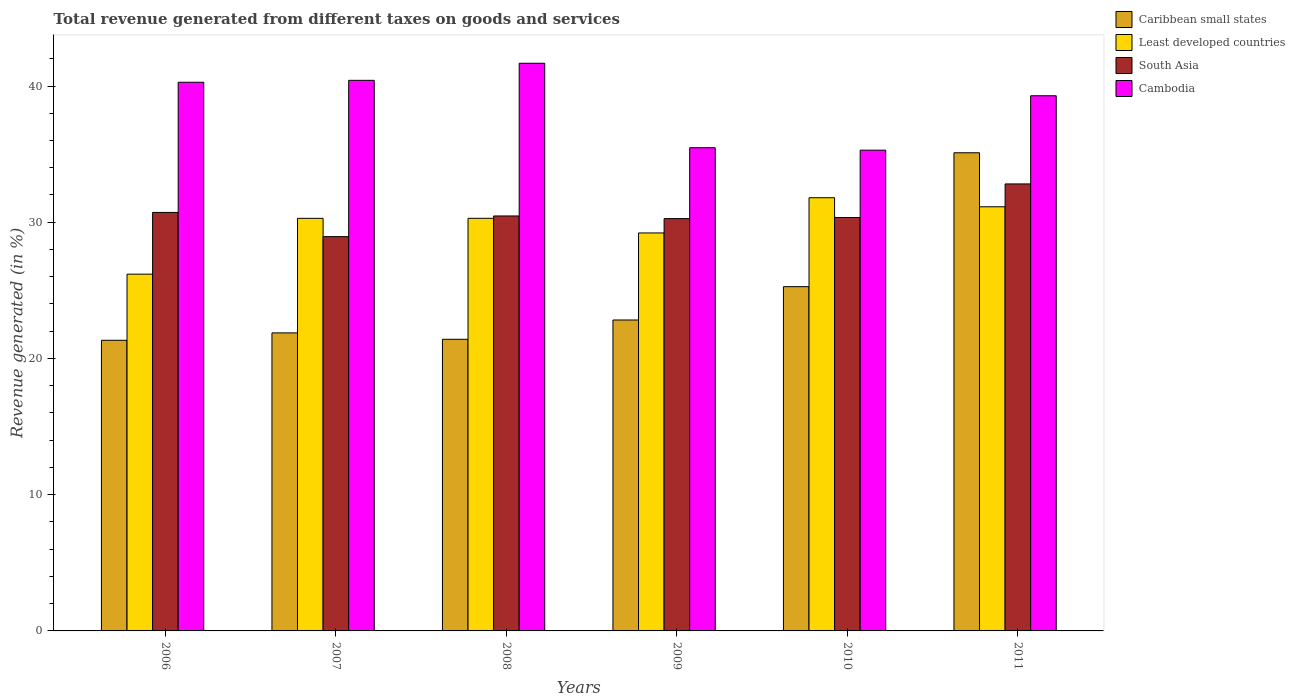
| Years | Caribbean small states | Least developed countries | South Asia | Cambodia |
 | --- | --- | --- | --- | --- |
 | 2006 | 21.3 | 26.2 | 30.7 | 40.3 |
 | 2007 | 21.9 | 30.3 | 28.9 | 40.4 |
 | 2008 | 21.4 | 30.3 | 30.5 | 41.7 |
 | 2009 | 22.8 | 29.2 | 30.3 | 35.5 |
 | 2010 | 25.3 | 31.8 | 30.3 | 35.3 |
 | 2011 | 35.1 | 31.1 | 32.8 | 39.3 |